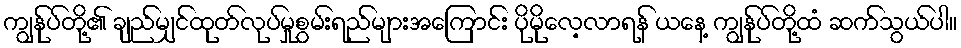
ကျွန်ုပ်တို့၏ ချည်မျှင်ထုတ်လုပ်မှုစွမ်းရည်များအကြောင်း ပိုမိုလေ့လာရန် ယနေ့ ကျွန်ုပ်တို့ထံ ဆက်သွယ်ပါ။